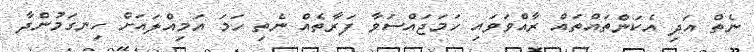
ނެތް އަދި އެކަންތައްތައް ރާއްވަވައި ހަމަޖައްސަވާ ފަރާތެއް ނެތި ހަމަ އަމިއްލައަށް ހިނގަމުންދާ